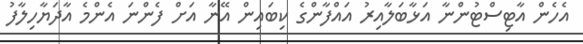
އެހެން އާޓިސްޓުންނާ އަޅާބަލާއިރު އައްފާންގެ ކިބައިން އޭނާ އަށް ފެންނަ އެންމެ އާދަޔާހިލާފު